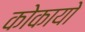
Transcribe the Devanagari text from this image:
कोकायो